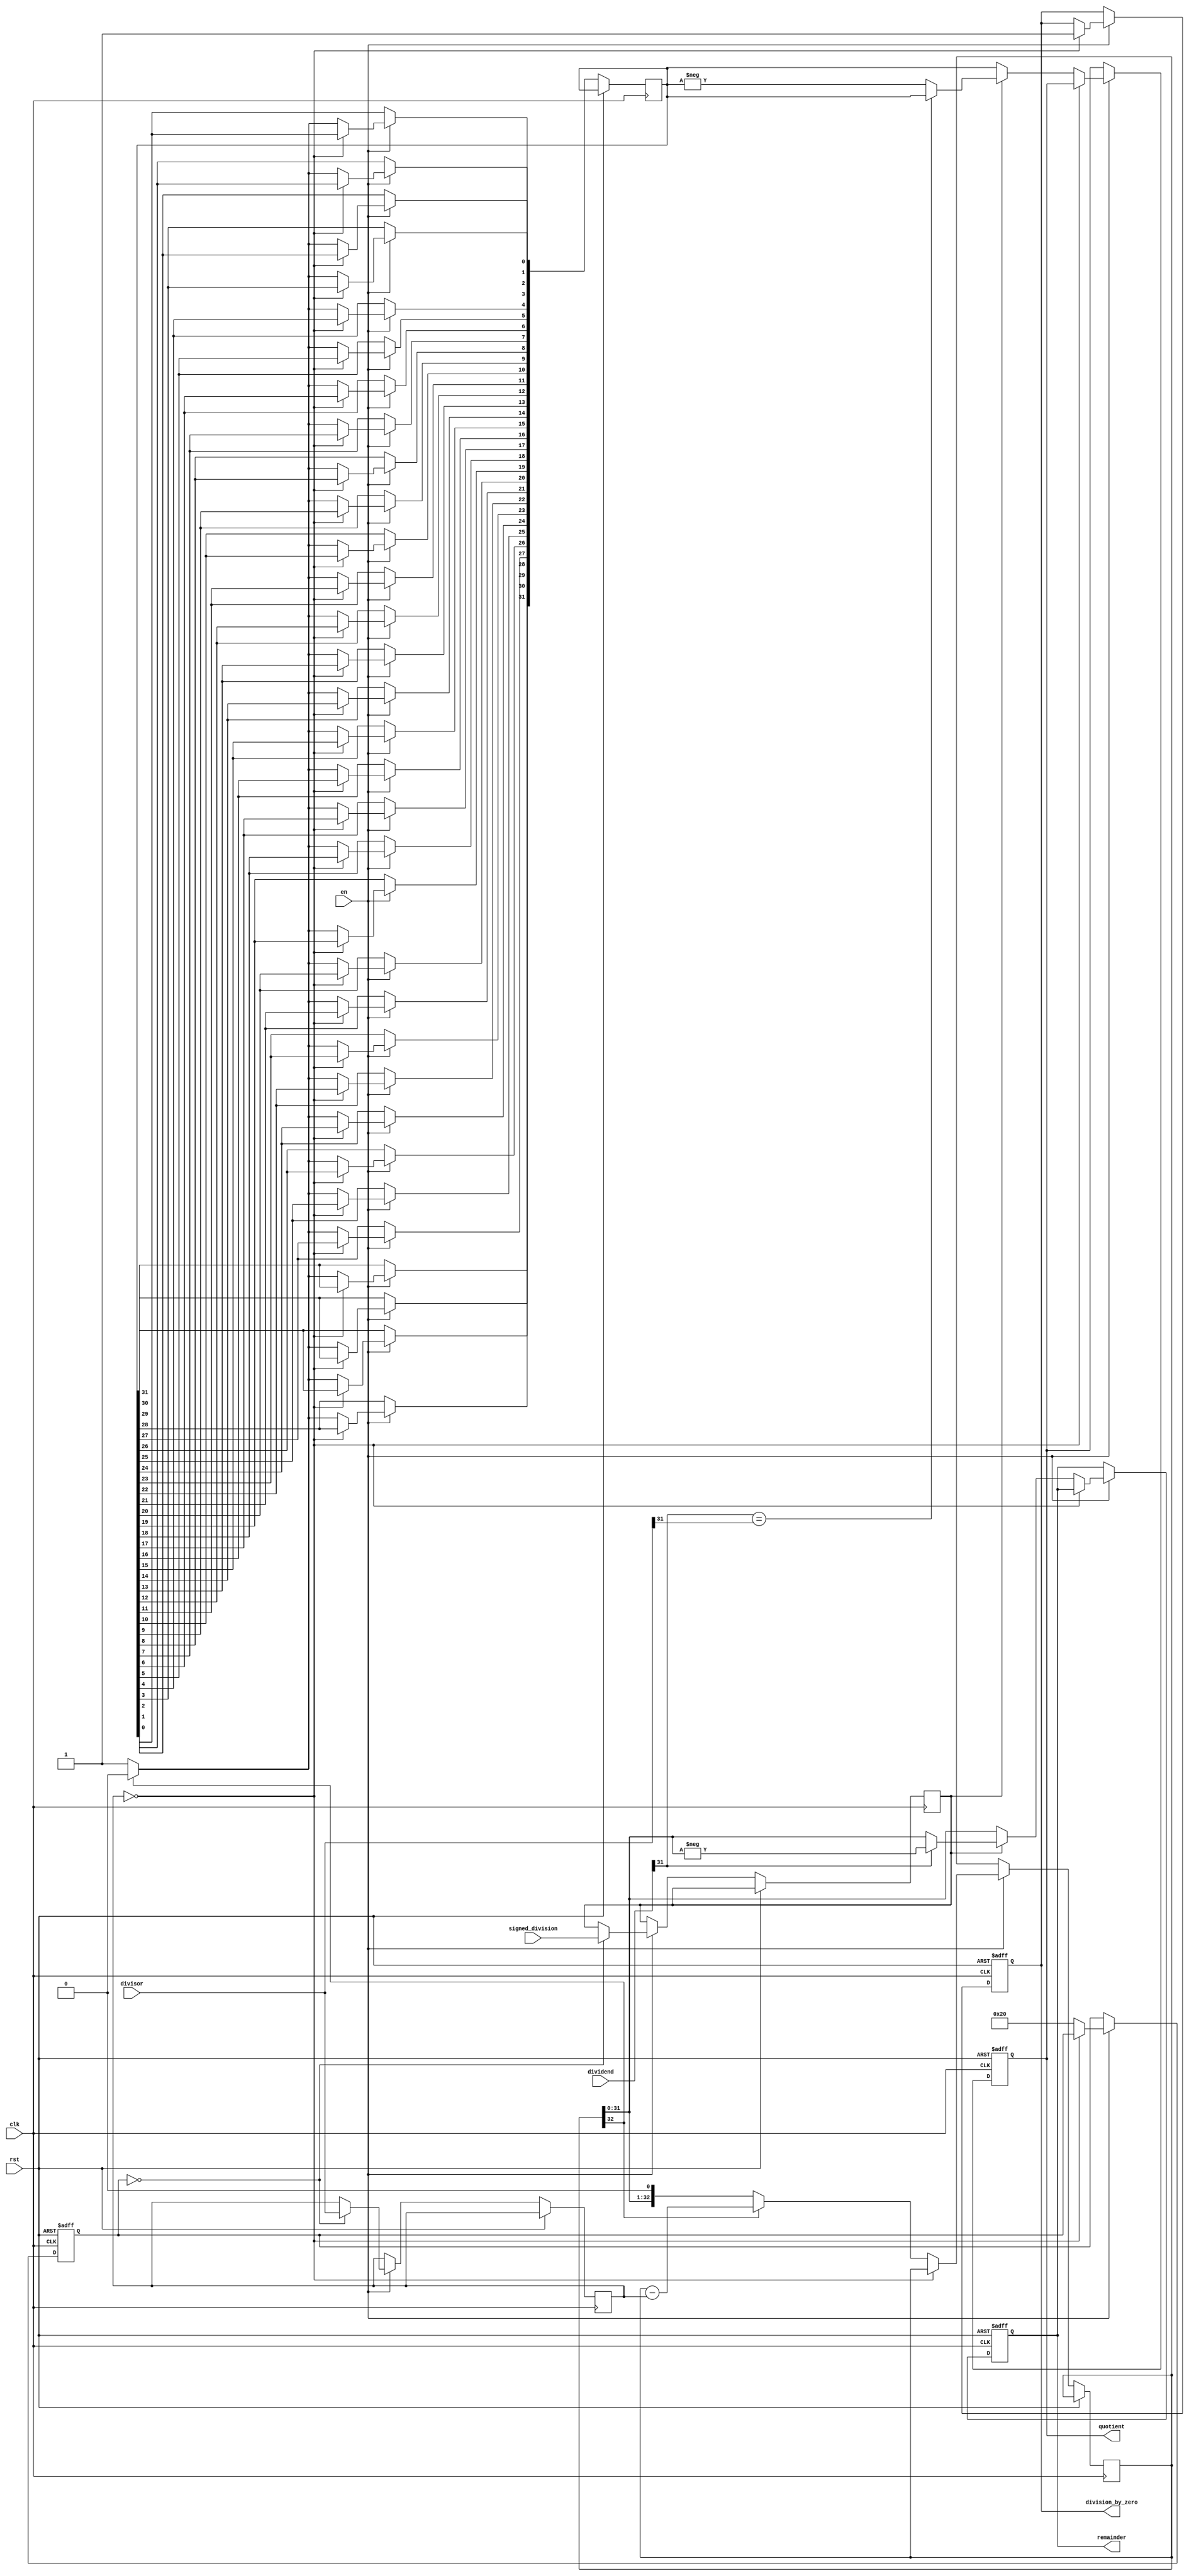
module synchronous_divider (
    input clk,
    input rst,
    input en,
    input signed_division,
    input [31:0] dividend,
    input [31:0] divisor,
    output reg [31:0] quotient,
    output reg [31:0] remainder,
    output reg division_by_zero
);

reg [31:0] dividend_reg, divisor_reg, dividend_abs;
reg [31:0] quotient_abs, remainder_abs;
reg signed_division_reg;
reg [5:0] count;
reg [32:0] remainder_temp;

always @(posedge clk or posedge rst) begin
    if (rst) begin
        quotient <= 0;
        remainder <= 0;
        division_by_zero <= 0;
        count <= 0;
    end else if (en) begin
        if (count == 0) begin
            dividend_reg <= dividend;
            divisor_reg <= divisor;
            signed_division_reg <= signed_division;
            dividend_abs <= (signed_division_reg) ? ((dividend[31] == 1) ? -dividend_reg : dividend_reg) : dividend_reg;
        end
        
        if (divisor_reg == 0) begin
            division_by_zero <= 1;
        end else begin
            remainder_temp <= dividend_abs;
            
            for (count = 0; count < 32; count = count+1) begin
                remainder_temp <= remainder_temp << 1;
                
                if (remainder_temp[32] == 1) begin
                    remainder_temp <= remainder_temp - divisor_reg;
                    quotient_abs[count] <= 0;
                end else begin
                    quotient_abs[count] <= 1;
                end
            end
            
            quotient <= (signed_division_reg) ? ((dividend[31] == divisor[31]) ? quotient_abs : -quotient_abs) : quotient_abs;
            remainder <= (signed_division_reg) ? ((dividend[31] == 1) ? -remainder_temp[31:0] : remainder_temp[31:0]) : remainder_temp[31:0];
        end
    end
end

endmodule